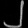
Digit: ၂